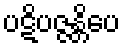
ပဋိပဇ္ဇန္တိပေ